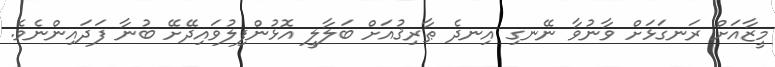
މީޒާއަށް ރަނގަޅަށް ވާނުވާ ނޭނގި އިނދެ ޠާރިޤުއަށް ބަލާލީ އޮޅުންފިލުވައިދޭށޭ ބުނާ ފަދައިންނެވެ.